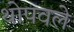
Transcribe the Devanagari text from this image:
थोपवले